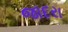
જાદરા